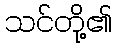
သင်တို့၏